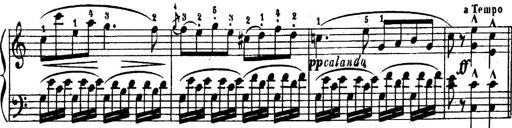
Title: 6 Piano Sonatinas
Composer: Cornelius Gurlitt